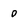
Character: 0